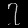
Digit: ၇